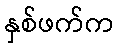
နှစ်ဖက်က